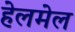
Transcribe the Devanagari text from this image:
हेलमेल